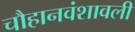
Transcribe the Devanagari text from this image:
चौहानवंशावली